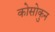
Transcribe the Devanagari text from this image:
कोसोकुन